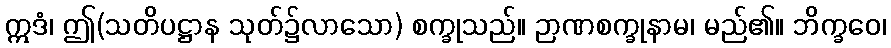
ဣဒံ၊ ဤ(သတိပဋ္ဌာန သုတ်၌လာသော) စက္ခုသည်။ ဉာဏစက္ခုနာမ၊ မည်၏။ ဘိက္ခဝေ၊